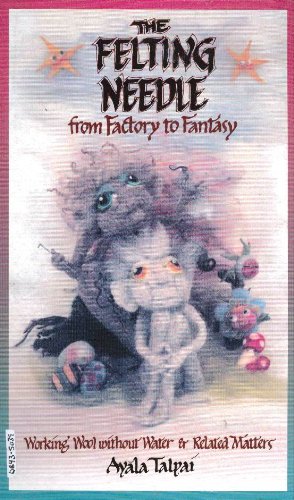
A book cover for Felting Needle From Factory to Fantasy; Ayala Talpai; Crafts, Hobbies & Home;